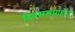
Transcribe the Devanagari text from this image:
दिवससप्ताहांत